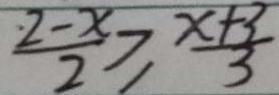
\frac { 2 - x } { 2 } \geq \frac { x + 3 } { 3 }